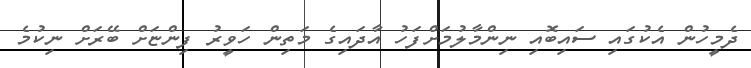
ދެމީހުން އެކުގައި ސައިބޮއި ނިންމާލުމަށްފަހު އާދައިގެ މަތިން ހަވީރު ފިންޏަށް ބޭރަށް ނިކުމެ